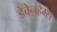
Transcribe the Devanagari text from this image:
डेबेनहैम्स